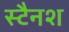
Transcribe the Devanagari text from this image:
स्टैनश